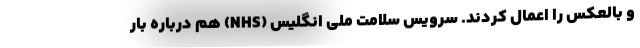
و بالعکس را اعمال کردند. سرویس سلامت ملی انگلیس (NHS) هم درباره بار